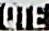
QTE